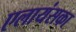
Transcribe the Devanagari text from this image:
एलायंसका